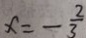
x = - \frac { 2 } { 3 }